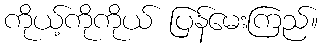
ကိုယ့်ကိုကိုယ် ပြန်မေးကြည်။